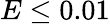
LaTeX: E\le 0.01